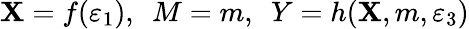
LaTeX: \mathbf{X}=f(\varepsilon_{1}),~~M=m,~~Y=h(\mathbf{X},m,\varepsilon_{3})